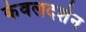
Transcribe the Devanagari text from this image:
केवलदर्शन